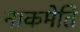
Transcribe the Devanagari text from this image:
नाकमेति